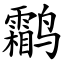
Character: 鹴